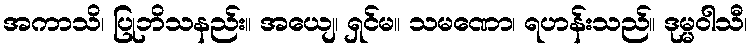
အကာသိ၊ ပြုဘိသနည်း။ အယျေ၊ ရှင်မ။ သမဏော၊ ရဟန်းသည်။ ဒုမ္မဝါသီ၊